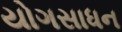
યોગસાધન